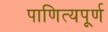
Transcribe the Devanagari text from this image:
पाणित्यपूर्ण